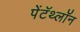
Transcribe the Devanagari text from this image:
पेंटॅथ्लॉन